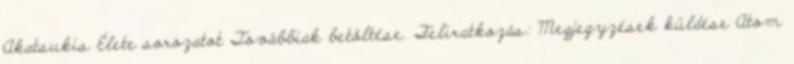
Akatsukis Élete sorozatot Továbbiak betöltése. Feliratkozás: Megjegyzések küldése Atom